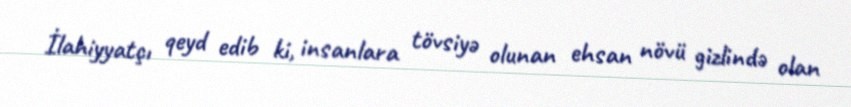
İlahiyyatçı qeyd edib ki, insanlara tövsiyə olunan ehsan növü gizlində olan